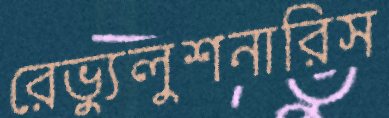
রেভ্যুলুশনারিস